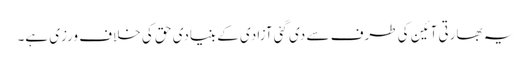
یہ بھارتی آئین کی طرف سے دی گئی آزادی کے بنیادی حق کی خلاف ورزی ہے۔